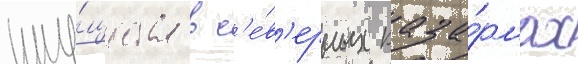
иму́щества в с'е́в'ерных каза́рмах